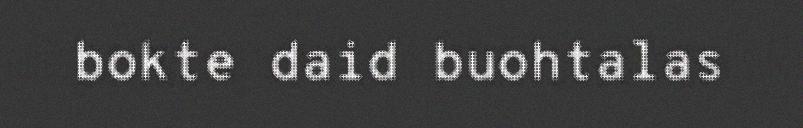
bokte daid buohtalas